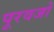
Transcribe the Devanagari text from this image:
पूरवजो